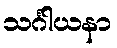
သင်္ဂါယနာ